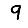
Digit: 9